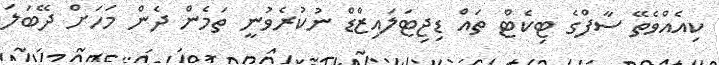
ކިއެއްވެތޭ ސާފްގެ ޓިކެޓް ތައްް ޑިޖިޓަލައިޒްޑް ނުުކުރެވުނީ ތަމެން ދެން މަހަށް ދޭބަލަ